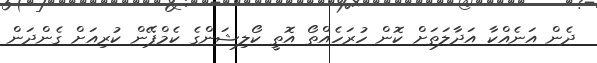
ދެން އަނެއްކާ އަދާލަތަށް ކޮން ހުރަހެއްތޯ އޮތީ ކޯލިޝަންގެ ކެމްޕޭން ކުރިއަށް ގެންދަން